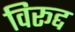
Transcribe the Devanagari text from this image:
विरूद्द